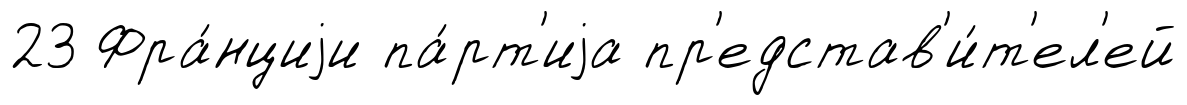
23 Фра́нциjи па́рт'иjа пр'едстав'и́т'ел'ей